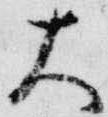
大